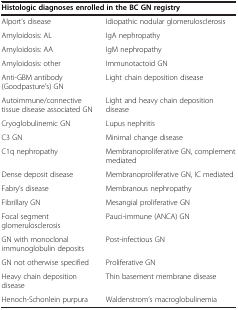
| <COLSPAN=2> Histologic diagnoses enrolled in the BC GN registry |
 | --- | --- |
 | Alport’s disease | Idiopathic nodular glomerulosclerosis |
 | Amyloidosis: AL | IgA nephropathy |
 | Amyloidosis: AA | IgM nephropathy |
 | Amyloidosis: other | Immunotactoid GN |
 | Anti-GBM antibody (Goodpasture’s) GN | Light chain deposition disease |
 | Autoimmune/connective tissue disease associated GN | Light and heavy chain deposition disease |
 | Cryoglobulinemic GN | Lupus nephritis |
 | C3 GN | Minimal change disease |
 | C1q nephropathy | Membranoproliferative GN, complement mediated |
 | Dense deposit disease | Membranoproliferative GN, IC mediated |
 | Fabry’s disease | Membranous nephropathy |
 | Fibrillary GN | Mesangial proliferative GN |
 | Focal segment glomerulosclerosis | Pauci-immune (ANCA) GN |
 | GN with monoclonal immunoglobulin deposits | Post-infectious GN |
 | GN not otherwise specified | Proliferative GN |
 | Heavy chain deposition disease | Thin basement membrane disease |
 | Henoch-Schonlein purpura | Waldenstrom’s macroglobulinemia |